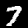
Digit: 7